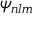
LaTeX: \psi _ { n l m }